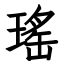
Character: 瑤